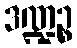
ဒဏ္ဍဉ္စ